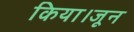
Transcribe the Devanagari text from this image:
किया।जून